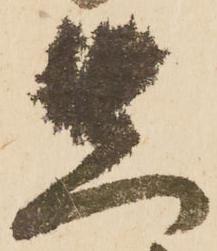
先